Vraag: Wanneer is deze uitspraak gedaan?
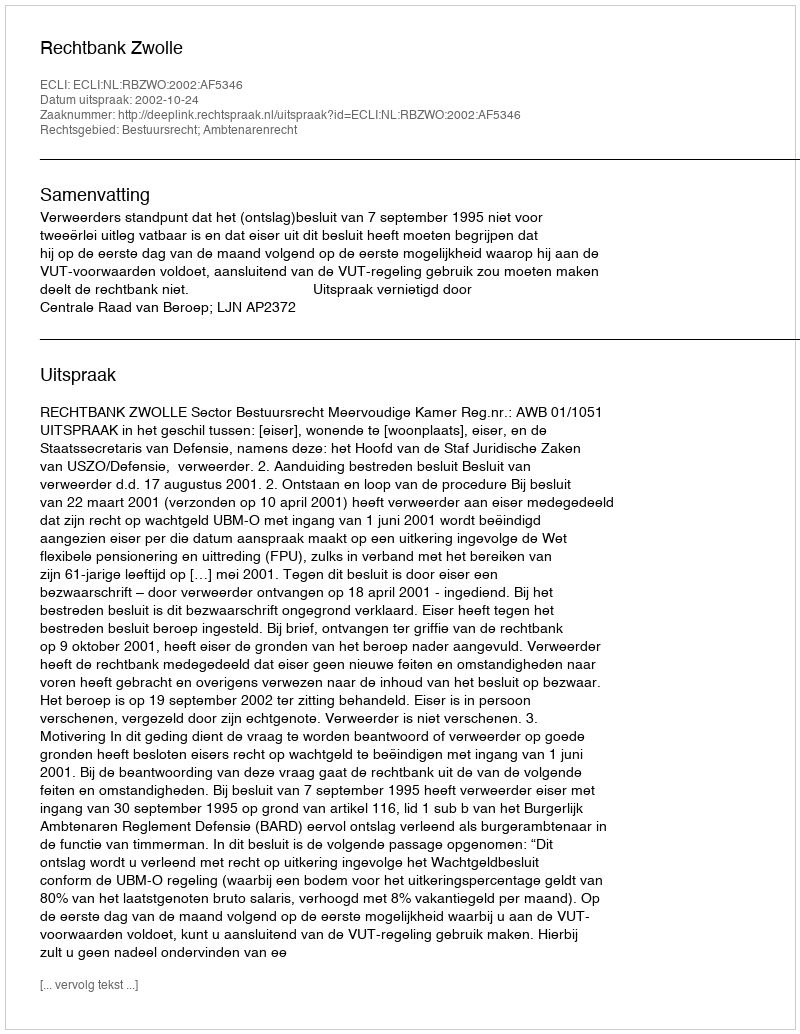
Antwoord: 2002-10-24